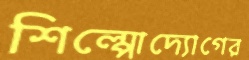
শিল্পোদ্যোগের